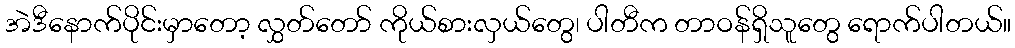
အဲဒီနောက်ပိုင်းမှာတော့ လွှတ်တော် ကိုယ်စားလှယ်တွေ၊ ပါတီက တာဝန်ရှိသူတွေ ရောက်ပါတယ်။